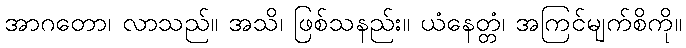
အာဂတော၊ လာသည်။ အသိ၊ ဖြစ်သနည်း။ ယံနေတ္တံ၊ အကြင်မျက်စိကို။